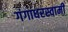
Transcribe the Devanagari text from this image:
गंगाधरस्वामी